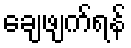
ချေဖျက်ရန်